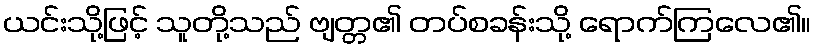
ယင်းသို့ဖြင့် သူတို့သည် ဗျတ္တ၏ တပ်စခန်းသို့ ရောက်ကြလေ၏။